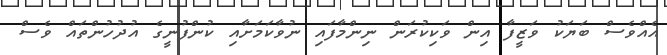
އެއްވެސް ބަޔަކު ވަޒީފާ އިން ވަކިކުރަން ނިންމާފައި ނުވާކަމަށާއި ކުންފުނީގެ އުދުހުންތައް ވެސް